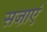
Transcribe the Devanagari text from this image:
सज़ाएं